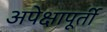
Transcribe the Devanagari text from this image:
अपेक्षापूर्ती